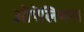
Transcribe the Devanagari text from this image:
ओपेलियस